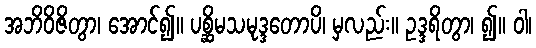
အဘိဝိဇိတွာ၊ အောင်၍။ ပစ္ဆိမသမုဒ္ဒတောပိ၊ မှလည်း။ ဥဒ္ဒရိတွာ၊ ၍။ ဝါ၊